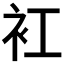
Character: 𧘍